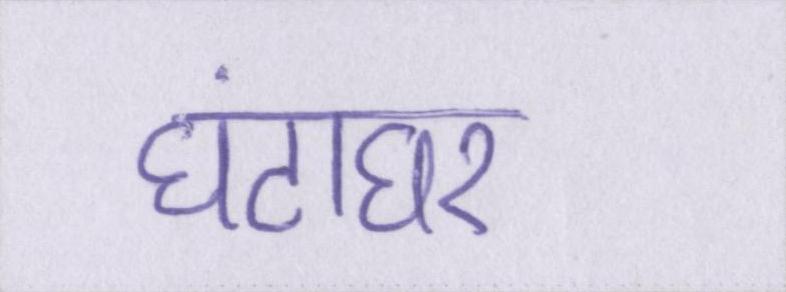
घंटाघर